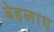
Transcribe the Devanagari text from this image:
बेहलाए